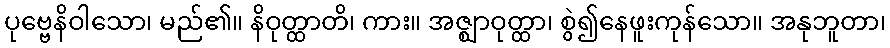
ပုဗ္ဗေနိဝါသော၊ မည်၏။ နိဝုတ္ထာတိ၊ ကား။ အဇ္ဈာဝုတ္ထာ၊ စွဲ၍နေဖူးကုန်သော။ အနုဘူတာ၊